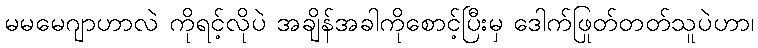
မမမေဂျာဟာလဲ ကိုရင့်လိုပဲ အချိန်အခါကိုစောင့်ပြီးမှ ဒေါက်ဖြုတ်တတ်သူပဲဟာ၊